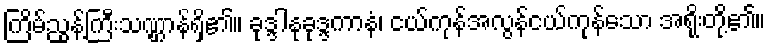
ကြိမ်ညွန့်ကြီးသဏ္ဌာန်ရှိ၏။ ခုဒ္ဒါနုခုဒ္ဒကာနံ၊ ငယ်ကုန်အလွန်ငယ်ကုန်သော အရိုးတို့၏။